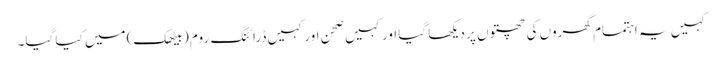
کہیں یہ اہتمام گھروں کی چھتوں پر دیکھا گیا اور کہیں صحن اور کہیں ڈرائنگ روم (بیٹھک) میں کیا گیا۔